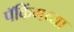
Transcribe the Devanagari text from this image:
पॅकिंगच्या